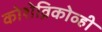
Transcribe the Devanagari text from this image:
कोशेव्निकोव्ही